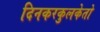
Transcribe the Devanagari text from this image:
दिनकरकुलकेतो